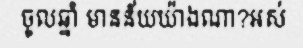
ចូលឆ្នាំ មានន័យយ៉ាងណា?អស់